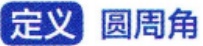
定义 圆周角